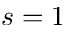
s = 1